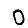
Digit: 0